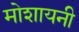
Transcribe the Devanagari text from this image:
मोशायनी